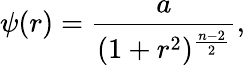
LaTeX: \psi(r)={\frac{a}{(1+r^{2})^{\frac{n-2}{2}}}},